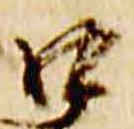
口